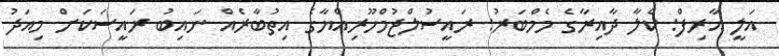
އަލީ އާރިފް: ކެލާ ދާއިރާގެ މެމްބަރު: ރައީސުލްޖުމްހޫރިއްޔާގެ އިތުބާރެއް ނައިބު ރައީސަކަށް މިއަދު